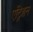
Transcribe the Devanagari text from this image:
एट्रिशन